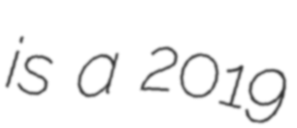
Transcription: is a 2019